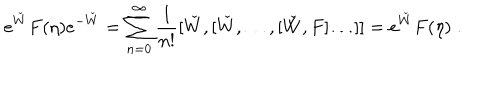
LaTeX: e ^ { \check { W } } F ( \eta ) e ^ { - \check { W } } = \sum _ { n = 0 } ^ { \infty } \frac { 1 } { n ! } [ \check { W } , [ \check { W } , \ldots , [ \check { W } , F ] \ldots ] ] = e ^ { \check { W } } F ( \eta ) \; .